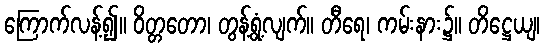
ကြောက်လန့်၍။ ဝိတ္တတော၊ တွန့်ရွံ့လျက်။ တီရေ၊ ကမ်းနား၌။ တိဋ္ဌေယျ၊